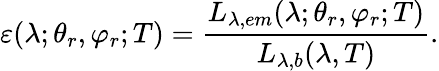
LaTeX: \varepsilon(\lambda;\theta_{r},\varphi_{r};T)=\frac{L_{\lambda,em}(\lambda;\theta_{r},\varphi_{r};T)}{L_{\lambda,b}(\lambda,T)}\mathrm{.}